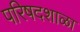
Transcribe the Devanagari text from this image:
परिषदशाळा